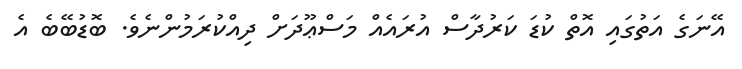
އޭނަގެ އަތުގައި އޮތް ކުޑަ ކަރުދާސް އުރައެއް މަސްޢޫދަށް ދިއްކުރަމުންނެވެ. ބޮޑުބޭބެ އެ